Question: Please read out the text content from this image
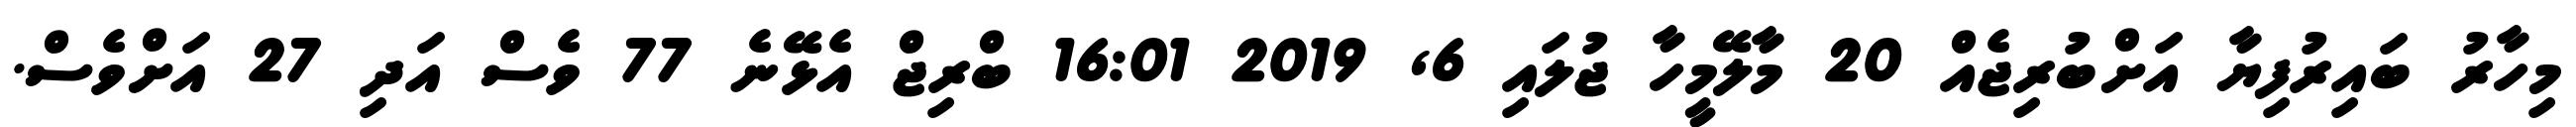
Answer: މިހާރު ބައިރުފިޔާ އަށްބުރިޖެއް 20 މާލޭމީހާ ޖުލައި 6, 2019 16:01 ބްރިޖް އެޅޭނެ 77 ވެސް އަދި 27 އަށްވެސް.